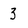
Character: 3